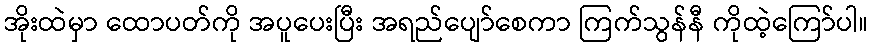
အိုးထဲမှာ ထောပတ်ကို အပူပေးပြီး အရည်ပျော်စေကာ ကြက်သွန်နီ ကိုထဲ့ကြော်ပါ။